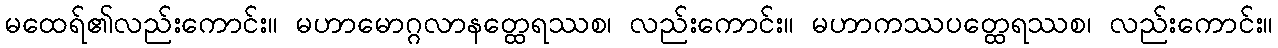
မထေရ်၏လည်းကောင်း။ မဟာမောဂ္ဂလာနတ္ထေရဿစ၊ လည်းကောင်း။ မဟာကဿပတ္ထေရဿစ၊ လည်းကောင်း။